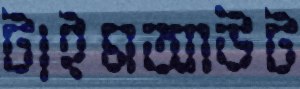
টাইমআউট